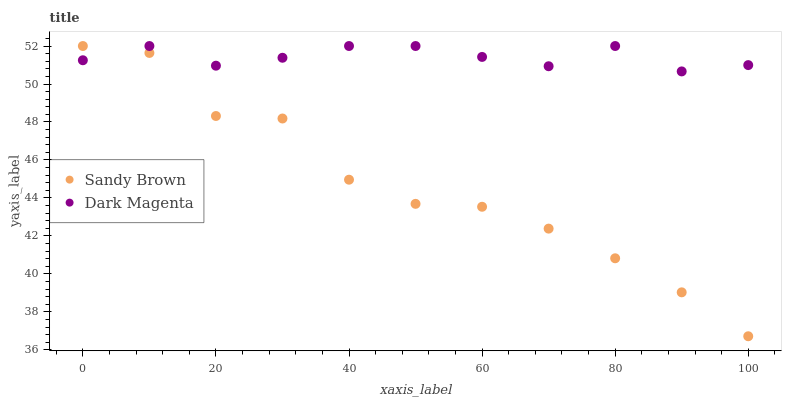
| xaxis_label | Sandy Brown | Dark Magenta |
 | --- | --- | --- |
 | 0 | 52 | 51.3 |
 | 10 | 51.6 | 52 |
 | 20 | 48.3 | 51 |
 | 30 | 48.2 | 51.4 |
 | 40 | 45 | 52 |
 | 50 | 43.7 | 52 |
 | 60 | 43.5 | 51.4 |
 | 70 | 42.4 | 50.9 |
 | 80 | 40.8 | 52 |
 | 90 | 39 | 50.7 |
 | 100 | 36.7 | 51 |